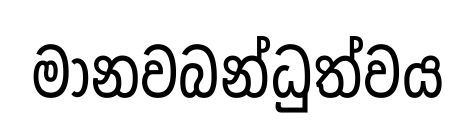
මානවබන්ධුත්වය